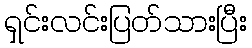
ရှင်းလင်းပြတ်သားပြီး